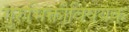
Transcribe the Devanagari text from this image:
गुरुभिक्तीविषयक